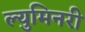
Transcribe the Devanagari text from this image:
ल्युमिनरी